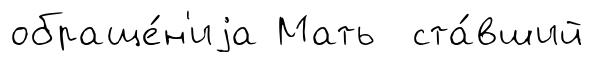
обраще́н'иjа Мать ста́вший